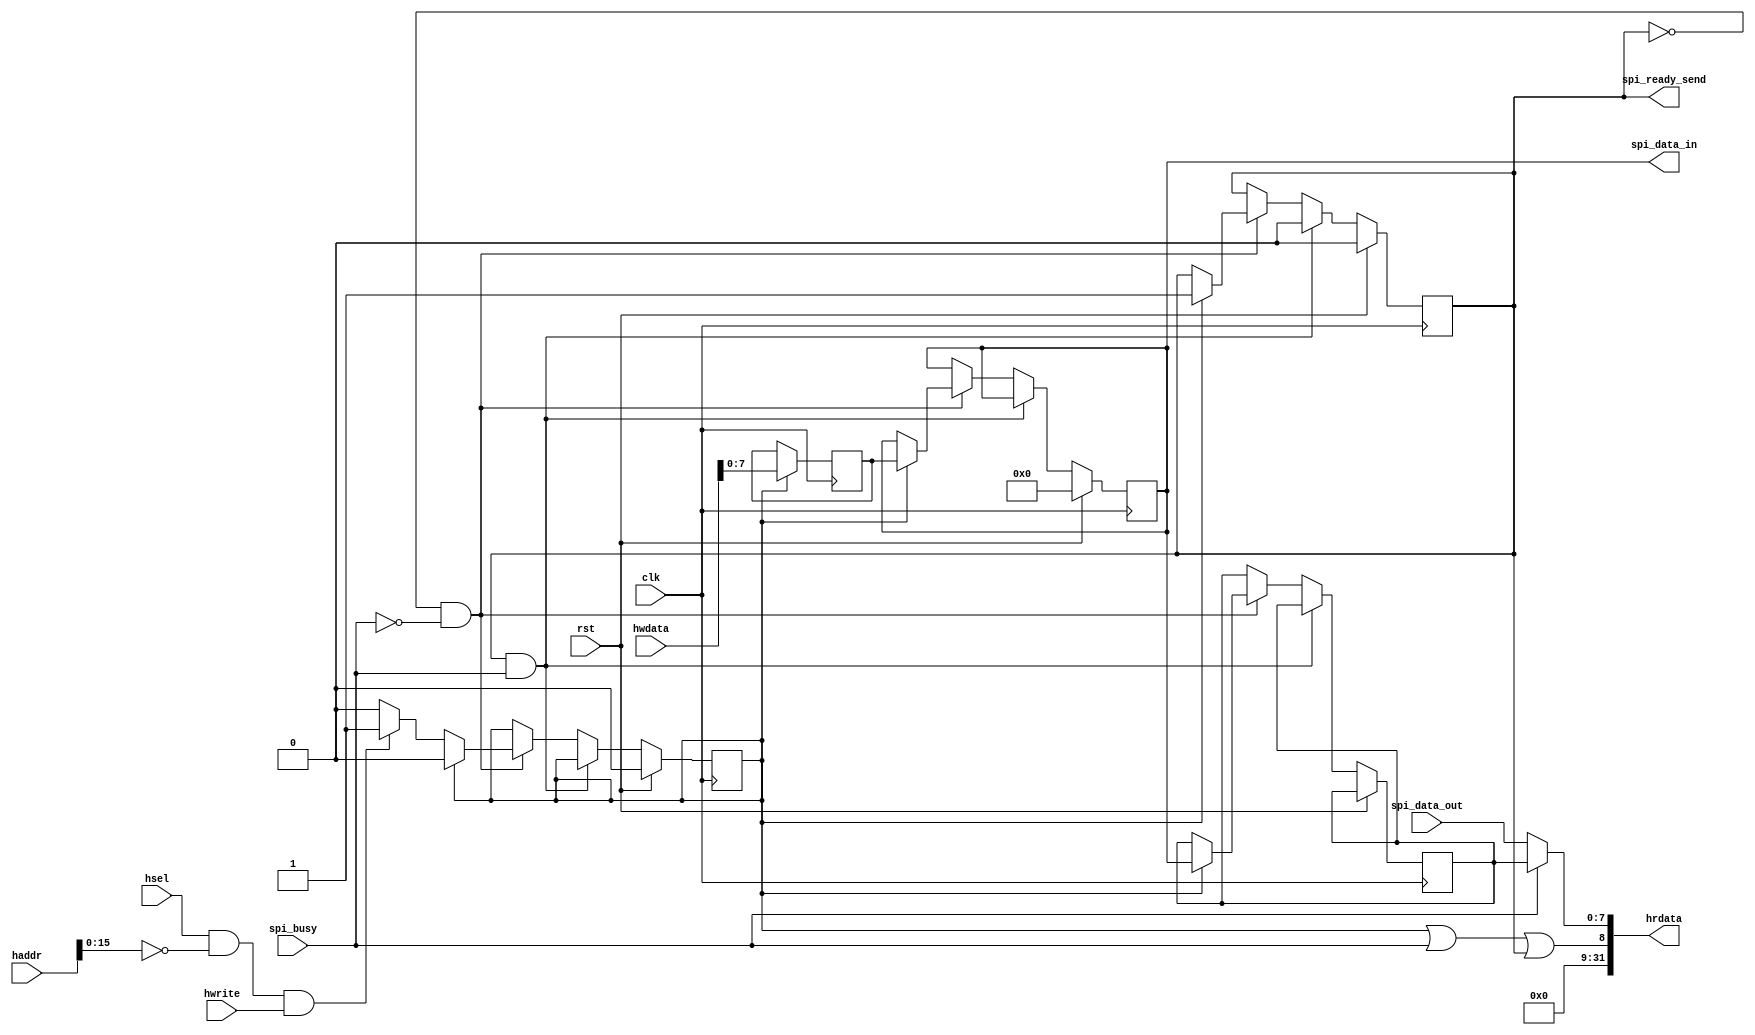
module spi_amba_connector(
    input             clk,
    input             rst,
    input             hwrite,
    input      [31:0] hwdata,
    input      [31:0] haddr,
    input             hsel,
    output     [31:0] hrdata,
    input      [ 7:0] spi_data_out,
    input             spi_busy,
    output reg [ 7:0] spi_data_in,
    output reg        spi_ready_send
);
reg [7:0] spi_data_out_reg;
reg [7:0] spi_data_in_reg;
assign hrdata = {{25'b0, phase || spi_busy || spi_ready_send, spi_busy ? spi_data_out_reg : spi_data_out}};
localparam IDLE = 0, DATA = 1;
reg phase;
always @(posedge clk) begin
    if (rst) begin
        spi_data_in <= 0;
        spi_ready_send <= 0;
        phase <= 0;
    end else if (spi_ready_send && spi_busy) begin
        spi_ready_send <= 0;
    end else if (!spi_ready_send && !spi_busy) begin
          if (!phase) begin
              if (hsel && haddr[15:0] == 'h0000 && hwrite) phase <= 1;
          end else begin
              spi_data_out_reg <= spi_data_in;
              spi_data_in <= spi_data_in_reg;
              spi_ready_send <= 1;
              phase <= 0;
          end
    end
end
always @(negedge clk) begin
    if (phase) spi_data_in_reg <= hwdata[7:0];
end
endmodule